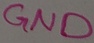
Text: GND